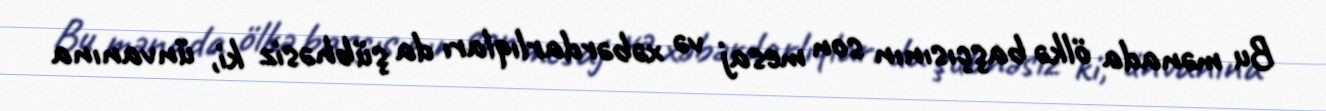
Bu mənada ölkə başçısının son mesaj və xəbərdarlıqları da şübhəsiz ki, ünvanına